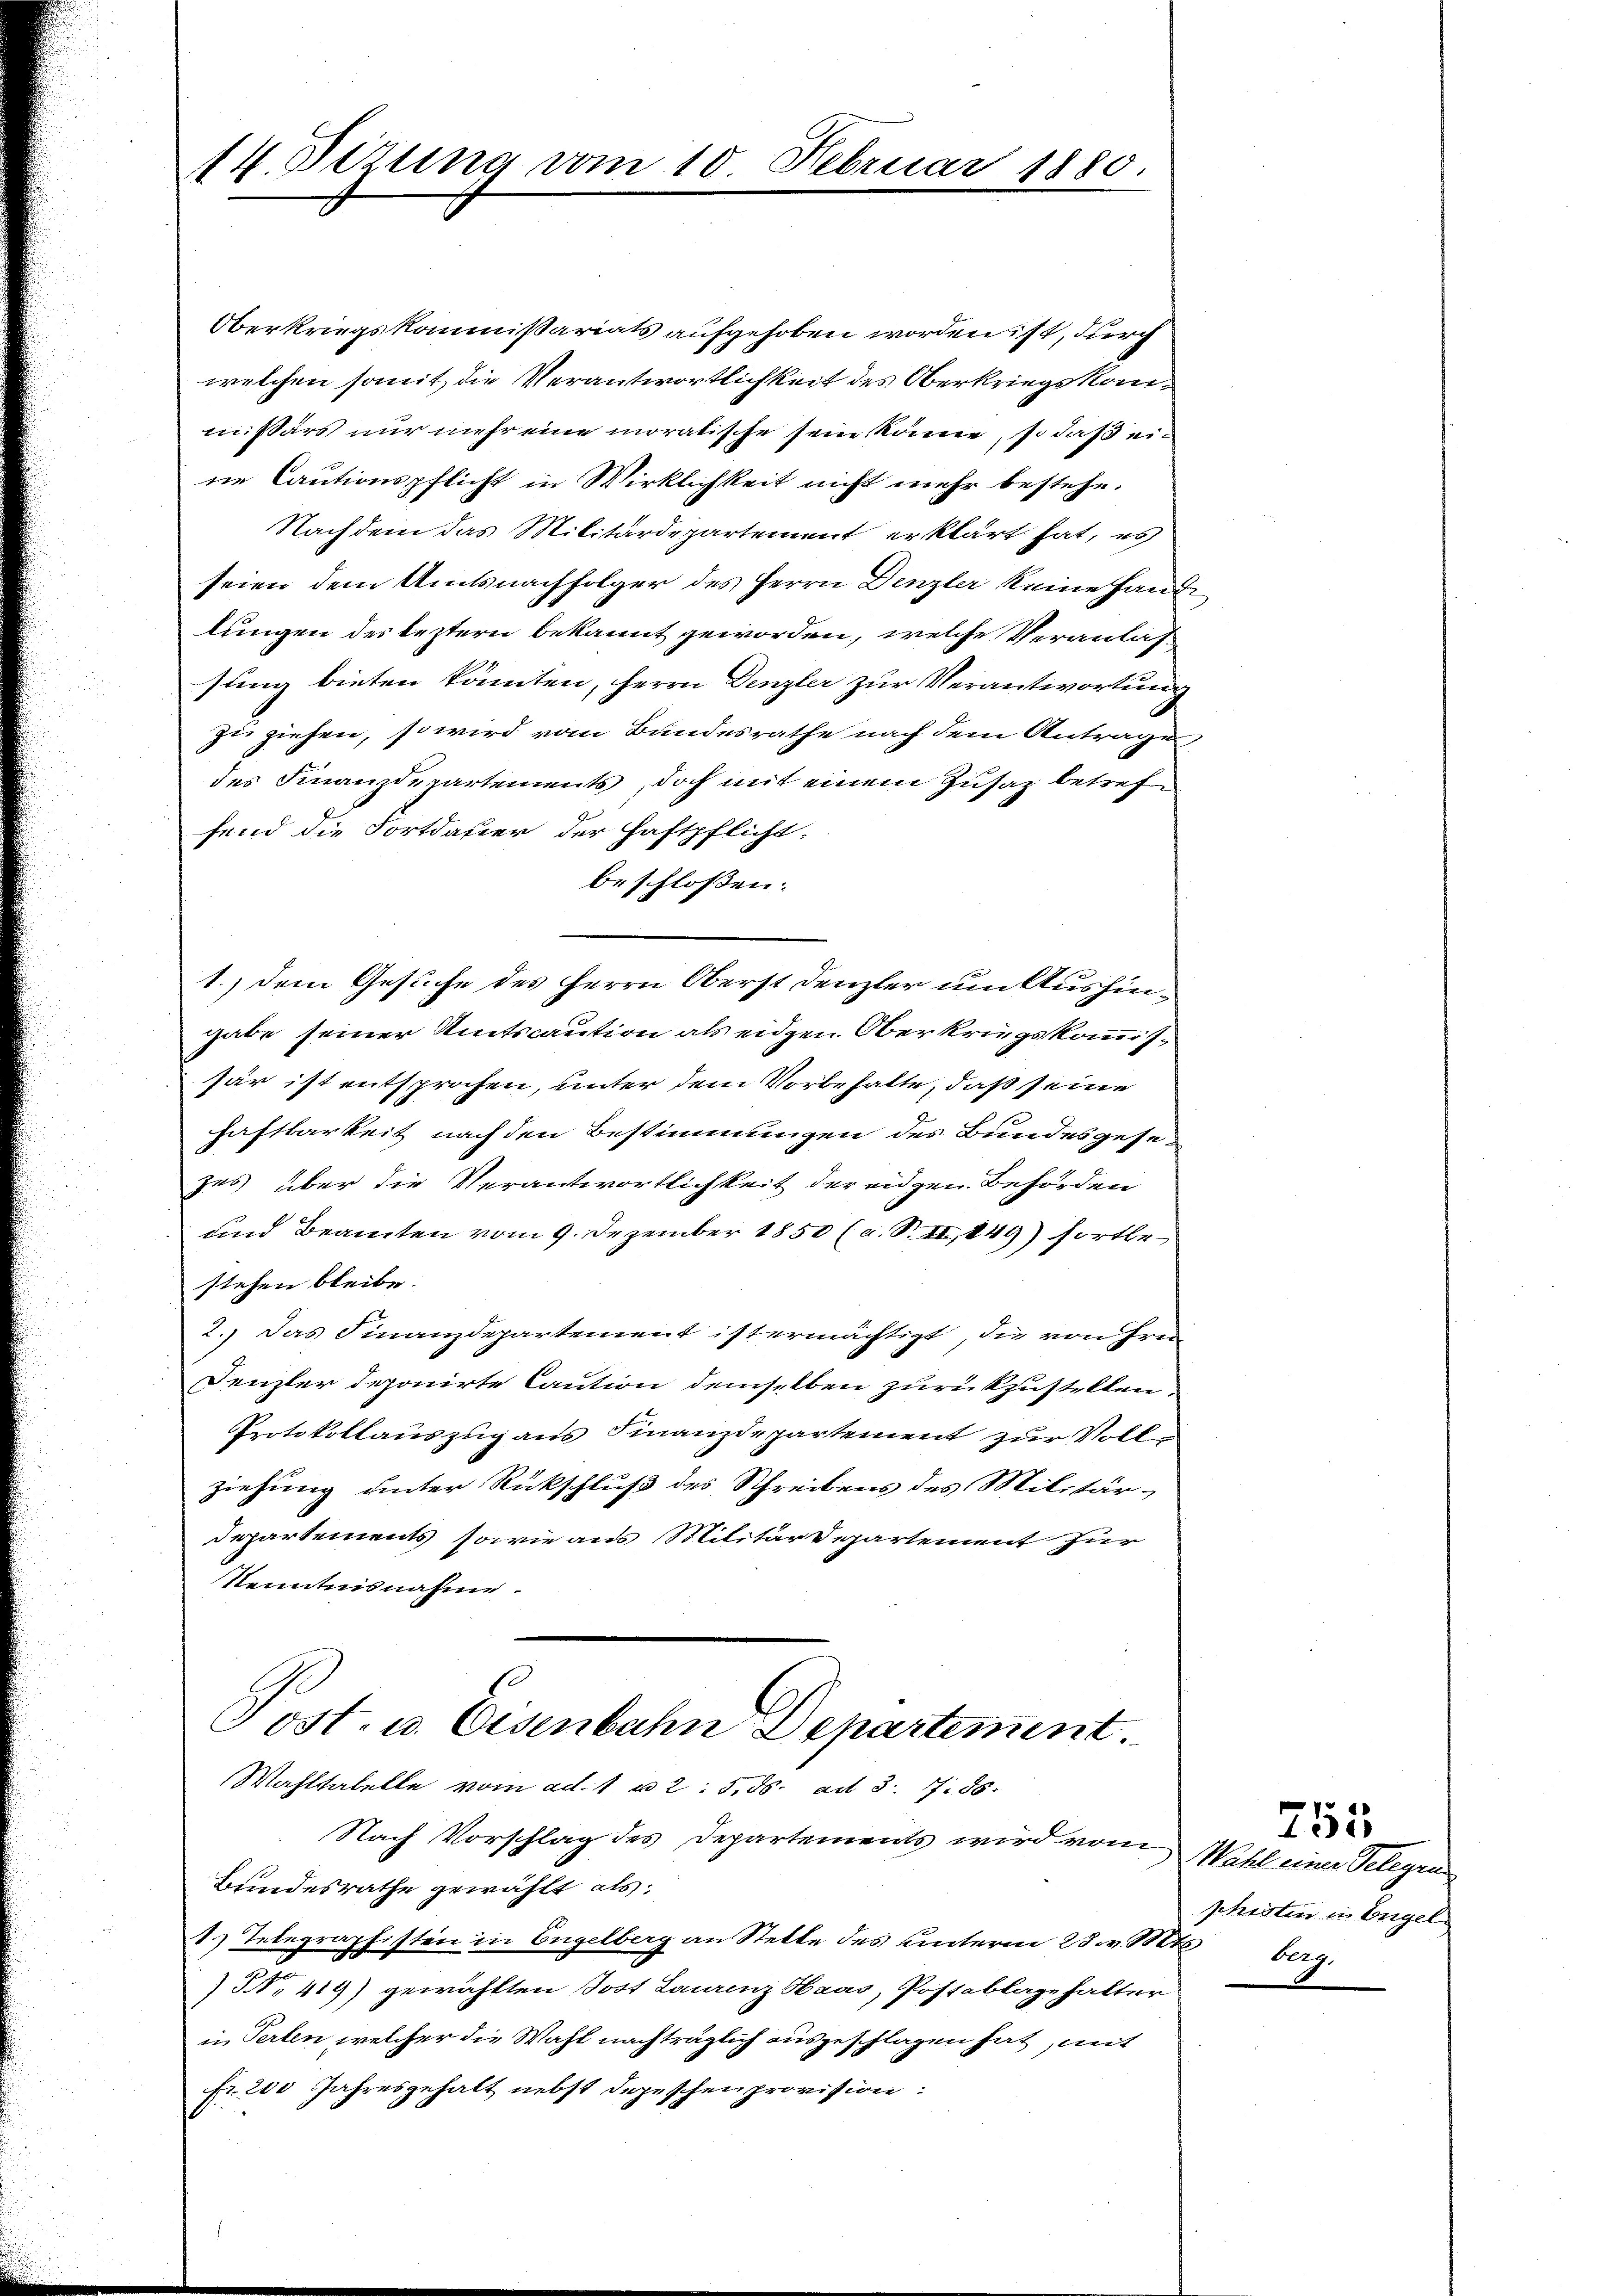
14. Perung vom 10. Februar 1880.

Oberkriegskommissariats aufgehoben worden ist, durch
welchen somit die Verantwortlichkeit des Oberkriegskommissärs nur mehr eine moratische sein könne, so daß ei-
ne Cautionspflicht in Wirklichkeit nicht mehr bestehe.
Nachdem das Militärdepartement erklärt hat, es
seien dem Amtsnachfolger des Herrn Denzler keine Hand-
lungen des leztern bekannt geworden, welche Veranlassung bieten könnten, Herrn Denzler zur Verantwortung
zu ziehen, so wird vom Bundesrathe nach dem Antrage
des Finanzdepartements, doch mit einem Zusaz betreffend die Fortdauer der Haftpflicht.
beschlossen:
gabe seiner Amtscaution als eidgen Oberkriegskommissär ist entsprochen, unter dem Vorbehalte, daß seine
Haftbarkeit nach den Bestimmungen des Bundesgesezes über die Verantwortlichkeit der eidgen Behörden
und Beamten vom 9. Dezember 1850 (a. S. II., 449) fortbestehen bleibe.
2.) Das Finanzdepartement ist ermächtigt, die von Frei¬
Denzler deponirte Caution demselben zurückzustellen.
Protokollauszug aus Finanzdepartement zur Vollziehung unter Rückschluß des Schreibens des Militär¬
Departements, sowie aus Militärdepartement zur
Kenntnisnahme.

1.) Dem Gesuche des Herrn Oberst Denzler um Aushin¬

Post. u. Eisenbahn Departement.
Wahlstabelle vom ad. 1 u 2. 5. ds. ad 3. 7. 86.

Nach Vorschlag des Departements wird vom
Bundesrathe gewählt als
1) Telegraphisten in Engelberg an Stelle des unterm 23. v. Mts. berg.
5, 419) gewählten Jost Laurenz Haas, Postablage halter
in Perlen welcher die Wahl nachträglich ausgeschlagen hat, mit
Fr. 200 Jahresgehalt nebst Depeschen provision:

Wahl einer Telegen
schristen in Engel

755